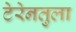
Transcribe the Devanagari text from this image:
टेरेनतुला